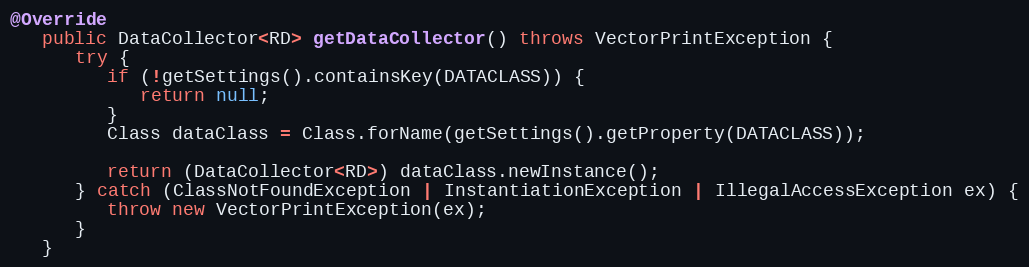
Language: Java
@Override
   public DataCollector<RD> getDataCollector() throws VectorPrintException {
      try {
         if (!getSettings().containsKey(DATACLASS)) {
            return null;
         }
         Class dataClass = Class.forName(getSettings().getProperty(DATACLASS));

         return (DataCollector<RD>) dataClass.newInstance();
      } catch (ClassNotFoundException | InstantiationException | IllegalAccessException ex) {
         throw new VectorPrintException(ex);
      }
   }